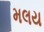
મલય